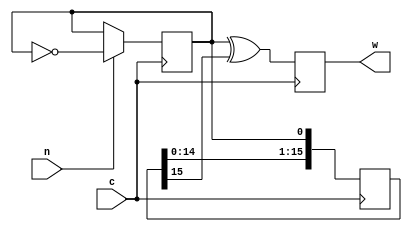
//
//							stretch.v - Stretch pulse to 16 clock cycles
//
//							(C) Copyright 2012 John B. Stephensen
//
// This Verilog source file and all explicitly and implicitly referenced files and all of their
// derivatives are licensed only for personal non-profit educational use in the Amateur Radio
// Service with the DCP-6 PCB and the license is not transferrable. The information is provided
// as-is for experimental purposes and the author does not warranty its freedom from defects or
// its suitability for any specific application.
//
module stretch(
    input n,	// 1 clock wide
    output w,	// 16 clocks wide (0.33 us @ 48 MHz)
    input c		// clock
    );
// internal signals
reg t;			// toggle FF
reg [15:0] d;	// delay line
reg q;			// output FF
// logic
always @ (posedge c)
begin
	if (n) t <= ~t;	// toggle on input pulse
	d <= {d[14:0],t};	// shift register
	q <= t^d[15];		// latch output
end
assign w = q;	// always 32 clocks wide
endmodule